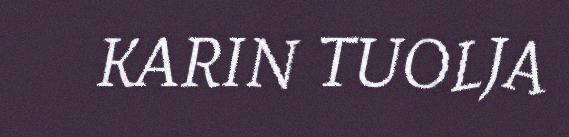
KARIN TUOLJA